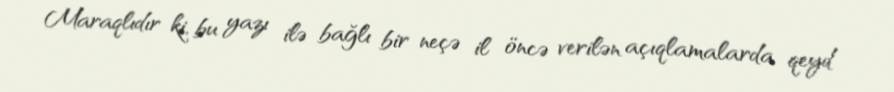
Maraqlıdır ki, bu yazı ilə bağlı bir neçə il öncə verilən açıqlamalarda qeyd